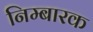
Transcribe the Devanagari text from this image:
निम्बारक